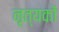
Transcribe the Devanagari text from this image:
नृत्यकों